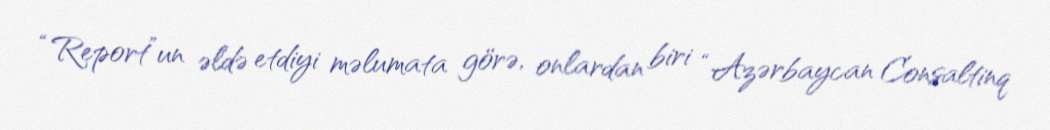
“Report”un əldə etdiyi məlumata görə, onlardan biri “Azərbaycan Consaltinq